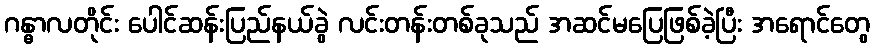
ဂန္ဓာလတိုင်း ပေါင်ဆန်းပြည်နယ်ခွဲ လင်းတန်းတစ်ခုသည် အဆင်မပြေဖြစ်ခဲ့ပြီး အရောင်တွေ